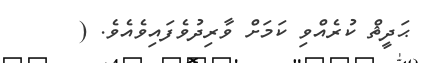
ޙަދީޘް ކުރެއްވި ކަމަށް ވާރިދުވެފައިވެއެވެ. (